Indian journal of veterinary science and animal husbandry - Volume 12,
Year: 1942
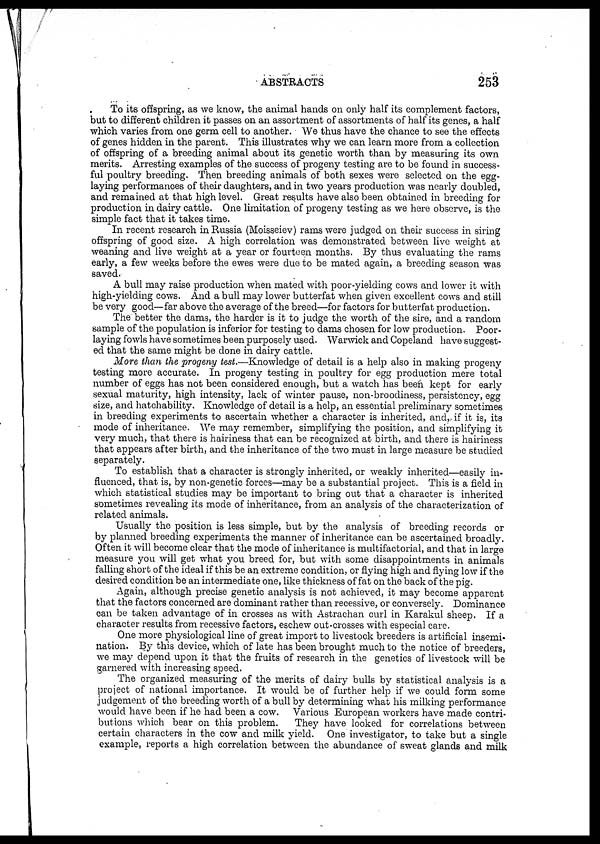
ABSTRACTS
253
To its offspring, as we know, the animal hands on only half its complement factors,
but to different children it passes on an assortment of assortments of half its genes, a half
which varies from one germ cell to another. We thus have the chance to see the effects
of genes hidden in the parent. This illustrates why we can learn more from a collection
of offspring of a breeding animal about its genetic worth than by measuring its own
merits. Arresting examples of the success of progeny testing are to be found in success-
ful poultry breeding. Then breeding animals of both sexes were selected on the egg-
laying performances of their daughters, and in two years production was nearly doubled,
and remained at that high level. Great results have also been obtained in breeding for
production in dairy cattle. One limitation of progeny testing as we here observe, is the
simple fact that it takes time.
In recent research in Russia (Moisseiev) rams were judged on their success in siring
offspring of good size. A high correlation was demonstrated between live weight at
weaning and live weight at a year or fourteen months. By thus evaluating the rams
early, a few weeks before the ewes were due to be mated again, a breeding season was
saved.
A bull may raise production when mated with poor-yielding cows and lower it with
high-yielding cows. And a bull may lower butterfat when given excellent cows and still
be very good—far above the average of the breed—for factors for butterfat production.
The better the dams, the harder is it to judge the worth of the sire, and a random
sample of the population is inferior for testing to dams chosen for low production. Poor-
laying fowls have sometimes been purposely used. Warwick and Copeland have suggest-
ed that the same might be done in dairy cattle.
More than the progeny test.—Knowledge of detail is a help also in making progeny
testing more accurate. In progeny testing in poultry for egg production mere total
number of eggs has not been considered enough, but a watch has been kept for early
sexual maturity, high intensity, lack of winter pause, non-broodiness, persistency, egg
size, and hatchability. Knowledge of detail is a help, an essential preliminary sometimes
in breeding experiments to ascertain whether a character is inherited, and, if it is, its
mode of inheritance. We may remember, simplifying the position, and simplifying it
very much, that there is hairiness that can be recognized at birth, and there is hairiness
that appears after birth, and the inheritance of the two must in large measure be studied
separately.
To establish that a character is strongly inherited, or weakly inherited—easily in-
fluenced, that is, by non-genetic forces—may be a substantial project. This is a field in
which statistical studies may be important to bring out that a character is inherited
sometimes revealing its mode of inheritance, from an analysis of the characterization of
related animals.
Usually the position is less simple, but by the analysis of breeding records or
by planned breeding experiments the manner of inheritance can be ascertained broadly.
Often it will become clear that the mode of inheritance is multifactorial, and that in large
measure you will get what you breed for, but with some disappointments in animals
falling short of the ideal if this be an extreme condition, or flying high and flying low if the
desired condition be an intermediate one, like thickness of fat on the back of the pig.
Again, although precise genetic analysis is not achieved, it may become apparent
that the factors concerned are dominant rather than recessive, or conversely. Dominance
can be taken advantage of in crosses as with Astrachan curl in Karakul sheep. If a
character results from recessive factors, eschew out-crosses with especial care.
One more physiological line of great import to livestock breeders is artificial insemi-
nation. By this device, which of late has been brought much to the notice of breeders,
we may depend upon it that the fruits of research in the genetics of livestock will be
garnered with increasing speed.
The organized measuring of the merits of dairy bulls by statistical analysis is a
project of national importance. It would be of further help if we could form some
judgement of the breeding worth of a bull by determining what his milking performance
would have been if he had been a cow. Various European workers have made contri-
butions which bear on this problem. They have looked for correlations between
certain characters in the cow and milk yield. One investigator, to take but a single
example, reports a high correlation between the abundance of sweat glands and milk